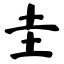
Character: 圭